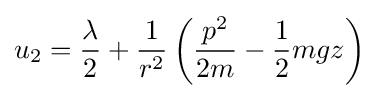
u_{2}={\frac {\lambda }{2}}+{\frac {1}{r^{2}}}\left({\frac {p^{2}}{2m}}-{\frac {1}{2}}mgz\right)